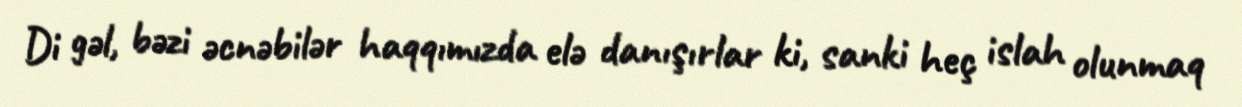
Di gəl, bəzi əcnəbilər haqqımızda elə danışırlar ki, sanki heç islah olunmaq